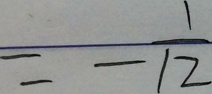
= - \frac { 1 } { 1 2 }